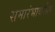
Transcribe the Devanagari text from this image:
समारंभावरील